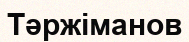
Тәржіманов